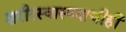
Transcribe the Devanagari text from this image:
शरीरस्वास्थ्याचीही